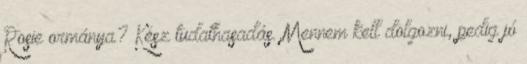
Rosie ormánya? Kész tudathasadás. Mennem kell dolgozni, pedig jó